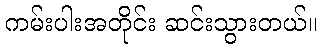
ကမ်းပါးအတိုင်း ဆင်းသွားတယ်။